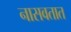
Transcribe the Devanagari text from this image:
नासवतात